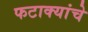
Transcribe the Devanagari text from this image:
फटाक्यांचे